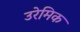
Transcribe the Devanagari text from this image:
उरेमिक